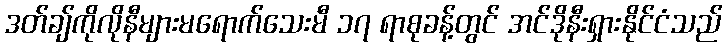
ဒတ်ချ်ကိုလိုနီများမရောက်သေးမီ ၁၇ ရာစုခန့်တွင် အင်ဒိုနီးရှားနိုင်ငံသည်